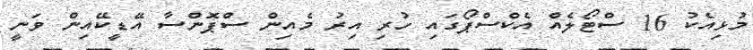
މުޅިއެކު 16 ސްޓޯލެއް އެކްސްޕޯގައި ހުރި އިރު މެއިން ސްޕޮންސާ އޭޑީކޭއިން ވަނީ